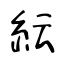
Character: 紜